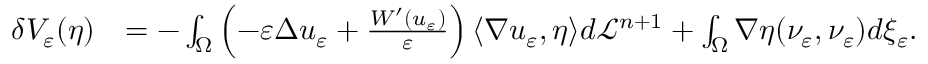
\begin{array} { r l } { \delta V _ { \varepsilon } ( \eta ) } & { = - \int _ { \Omega } \left( - \varepsilon \Delta u _ { \varepsilon } + \frac { W ^ { \prime } ( u _ { \varepsilon } ) } { \varepsilon } \right) \langle \nabla u _ { \varepsilon } , \eta \rangle d \mathcal L ^ { n + 1 } + \int _ { \Omega } \nabla \eta ( \nu _ { \varepsilon } , \nu _ { \varepsilon } ) d \xi _ { \varepsilon } . } \end{array}